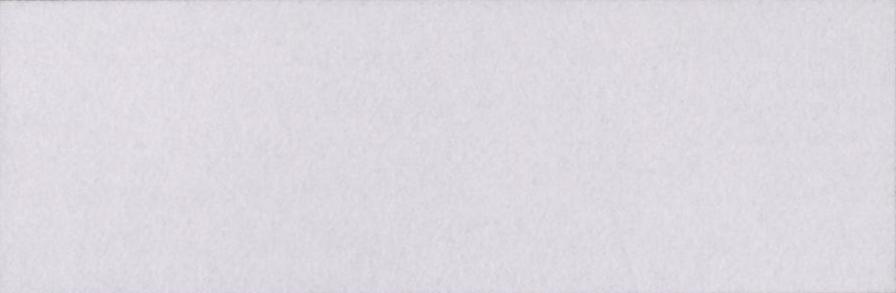
गुजारिश